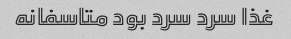
غذا سرد سرد بود متاسفانه